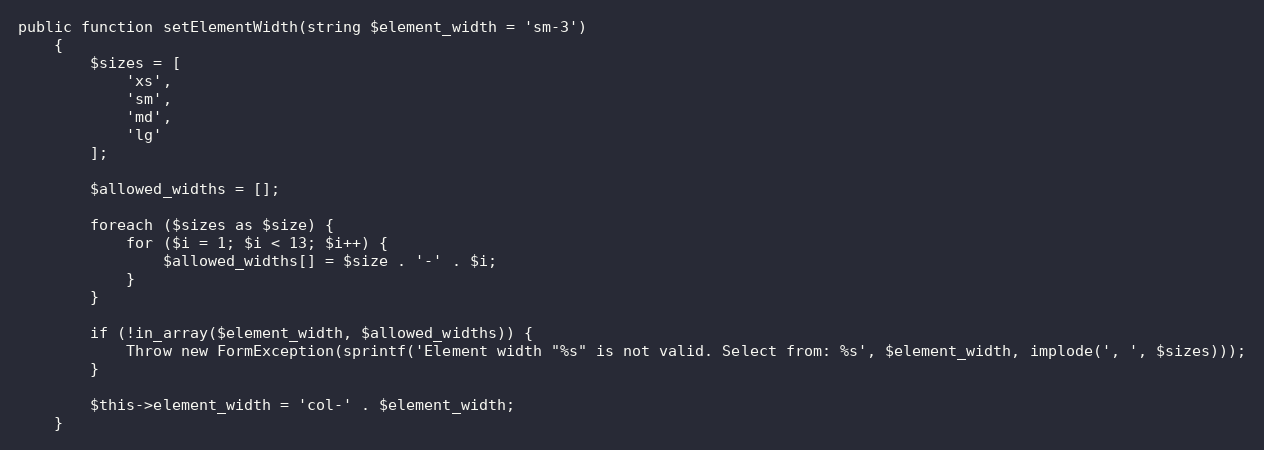
Language: PHP
public function setElementWidth(string $element_width = 'sm-3')
    {
        $sizes = [
            'xs',
            'sm',
            'md',
            'lg'
        ];

        $allowed_widths = [];

        foreach ($sizes as $size) {
            for ($i = 1; $i < 13; $i++) {
                $allowed_widths[] = $size . '-' . $i;
            }
        }

        if (!in_array($element_width, $allowed_widths)) {
            Throw new FormException(sprintf('Element width "%s" is not valid. Select from: %s', $element_width, implode(', ', $sizes)));
        }

        $this->element_width = 'col-' . $element_width;
    }